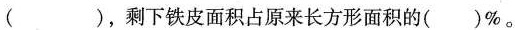
()，剩下铁皮面积占原来长方形面积的()%。